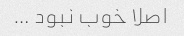
اصلا خوب نبود …